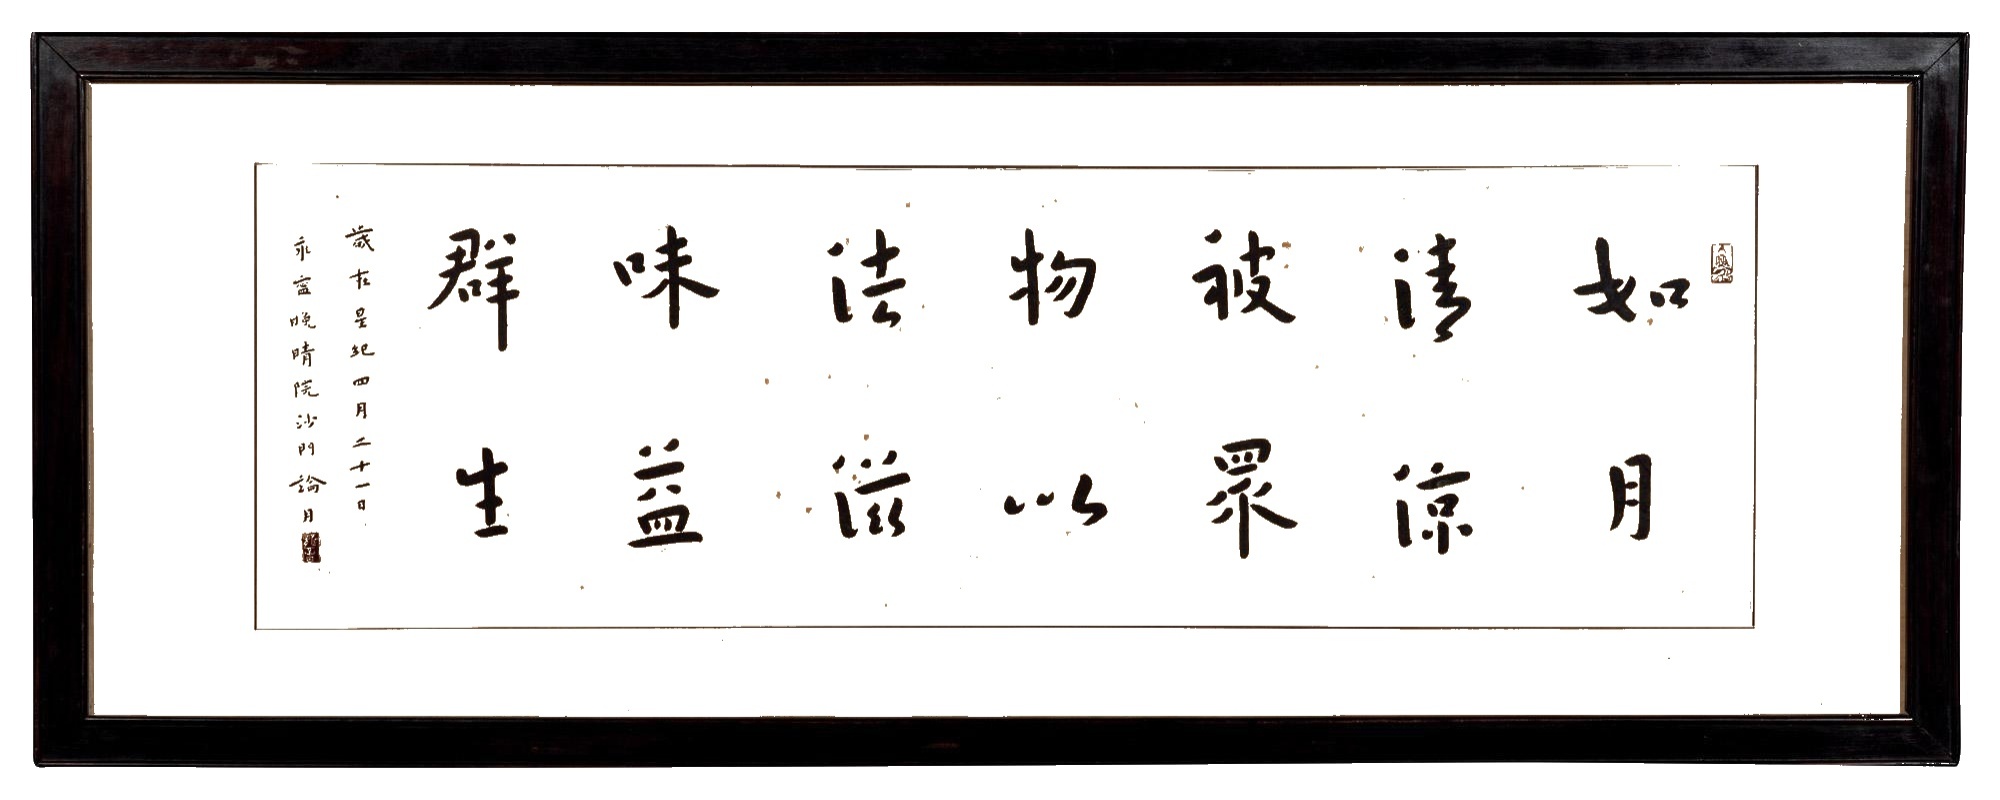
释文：如月清凉被众物，以法滋味益群生。岁在星纪四月二十一日，永宁晚晴院沙门论月。